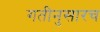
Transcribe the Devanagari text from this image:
गतीनुसारच